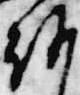
朝